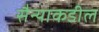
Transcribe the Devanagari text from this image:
सैन्याकडील